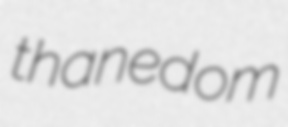
thanedom